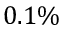
0 . 1 \%